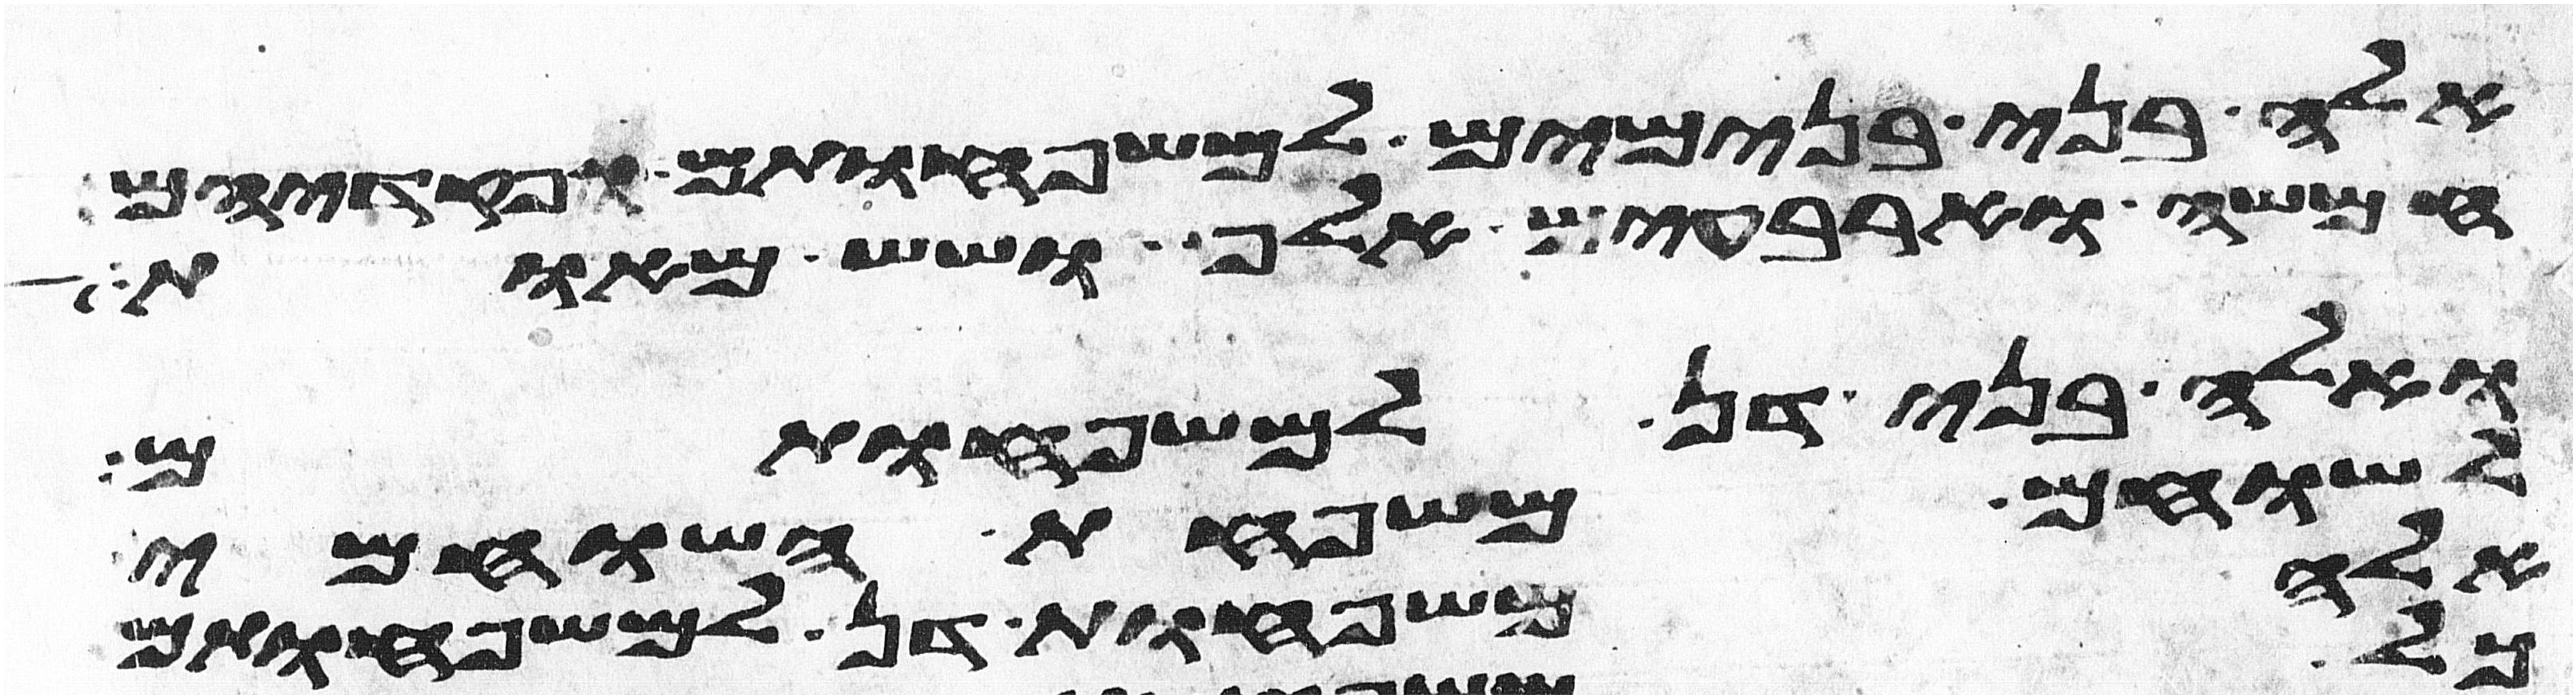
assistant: אלה בני בנימים למשפחותם ופקדיהם
חמשה וארבעים אלף ושש מאות
ואלה בני דן למשפחותם
לשוחם משפחת השוחמי
אלה משפחות דן למשפחותם